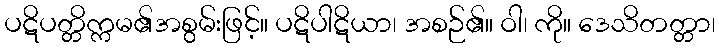
ပဋိပတ္တိက္ကမ၏အစွမ်းဖြင့်။ ပဋိပါဋိယာ၊ အစဉ်၏။ ဝါ၊ ကို။ ဒေသိတတ္တာ၊